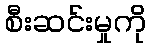
စီးဆင်းမှုကို